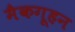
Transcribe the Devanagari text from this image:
मैकगूहन